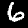
Label: 6